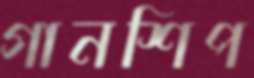
গানশিপ